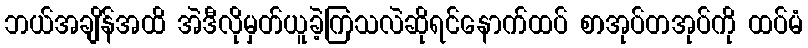
ဘယ်အချိန်အထိ အဲဒီလိုမှတ်ယူခဲ့ကြသလဲဆိုရင်နောက်ထပ် စာအုပ်တအုပ်ကို ထပ်မံ